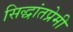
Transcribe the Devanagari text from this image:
सिद्धांतप्रेमी